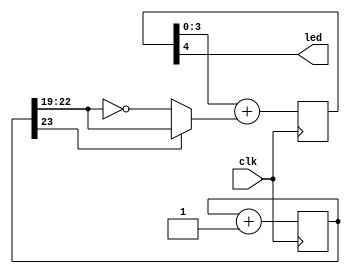
module pwm(
	input wire clk,
	output wire led
);

reg[23:0] cnt;
always @(posedge clk) cnt = cnt + 1;

wire[3:0] pwmin = cnt[23] ? cnt[23:19] : ~cnt[23:19];
reg[4:0] pwm;

always @(posedge clk) pwm <= pwm[3:0] + pwmin;

assign led = pwm[4];
endmodule